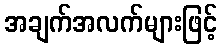
အချက်အလက်များဖြင့်